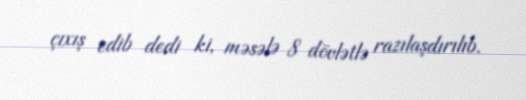
çıxış edib dedi ki, məsələ 8 dövlətlə razılaşdırılıb.